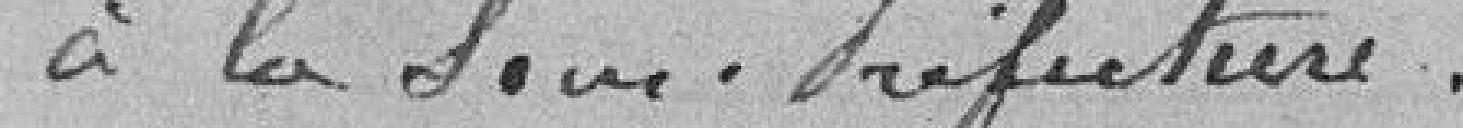
à la Sous-Préfecture